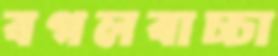
বগলবাচ্চা